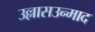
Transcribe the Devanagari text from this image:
उल्लासउन्माद